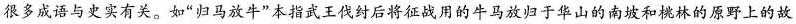
很多成语与史实有关。如”归马放牛”本指武王伐纣后将征战用的牛马放归于华山的南坡和桃林的原野上的故